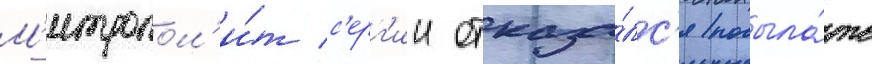
М'итропол'и́т с'ерг'ии отказа́лс'я посыла́ть